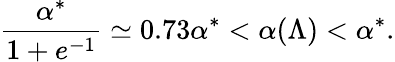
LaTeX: \frac{\alpha^{*}}{1+e^{-1}}\simeq 0.73\alpha^{*}<\alpha(\Lambda)<\alpha^{*}.